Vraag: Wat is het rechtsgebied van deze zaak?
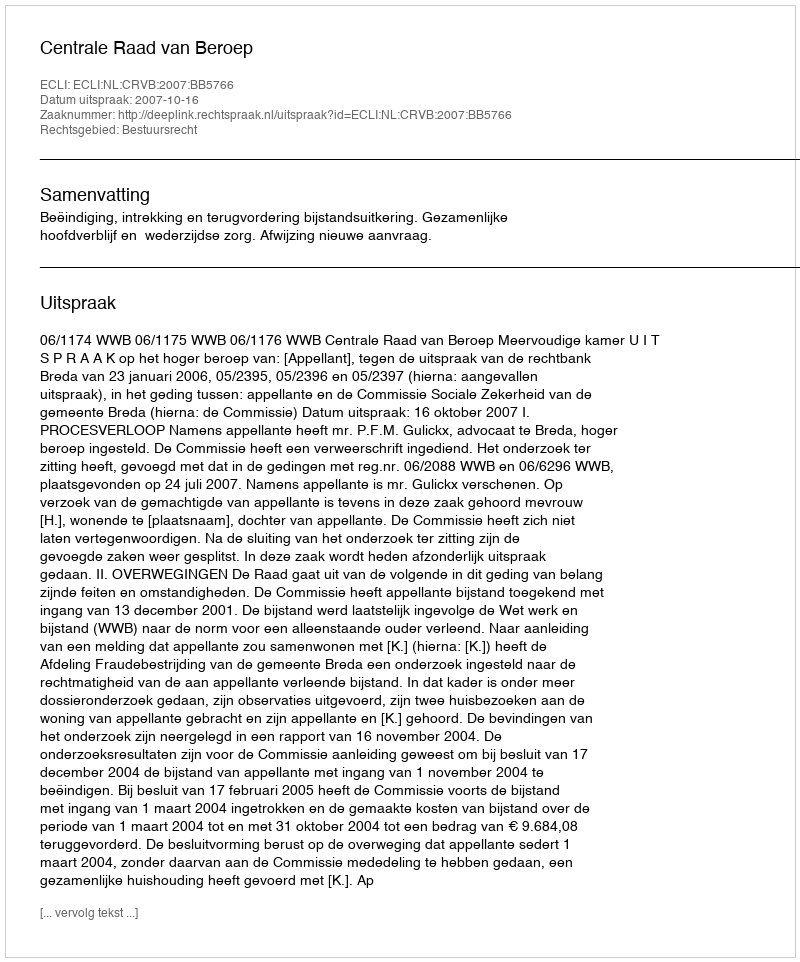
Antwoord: Bestuursrecht